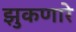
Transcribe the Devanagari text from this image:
झुकणारे